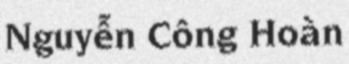
Nguyễn Công Hoàn